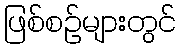
ဖြစ်စဉ်များတွင်